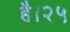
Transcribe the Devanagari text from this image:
है।२५